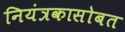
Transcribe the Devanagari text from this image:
नियंत्रकासोबत